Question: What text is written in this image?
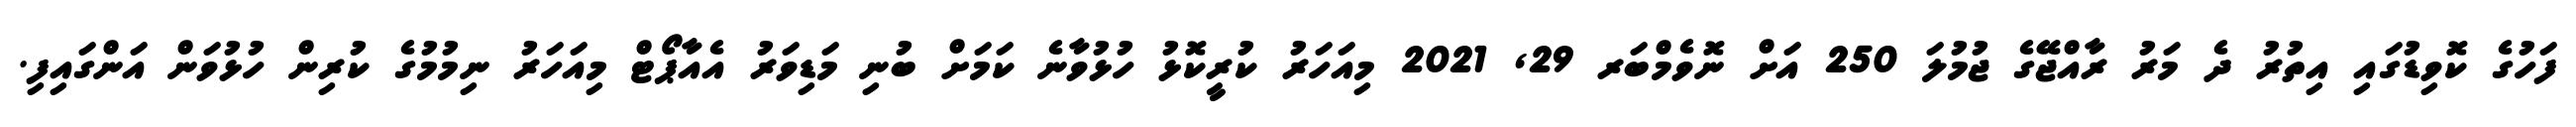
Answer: ފަހުގެ ކޮވިޑުގައި އިތުރު ދެ މަރު ރާއްޖޭގެ ޖުމުލަ 250 އަށް ނޮވެމްބަރ 29, 2021 މިއަހަރު ކުރީކޮޅު ހުޅުވާނެ ކަމަށް ބުނި މަޑިވަރު އެއާޕޯޓް މިއަހަރު ނިމުމުގެ ކުރިން ހުޅުވަން އަންގައިފި.